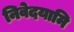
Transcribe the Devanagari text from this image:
निवेदयामि